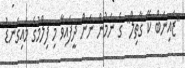
"ޒައިނަބް ކޭ ގާތިލް" ގެ ނަމުން ނަން ދީފައިވާ މި ފިލްމުގެ މައިގަނޑު